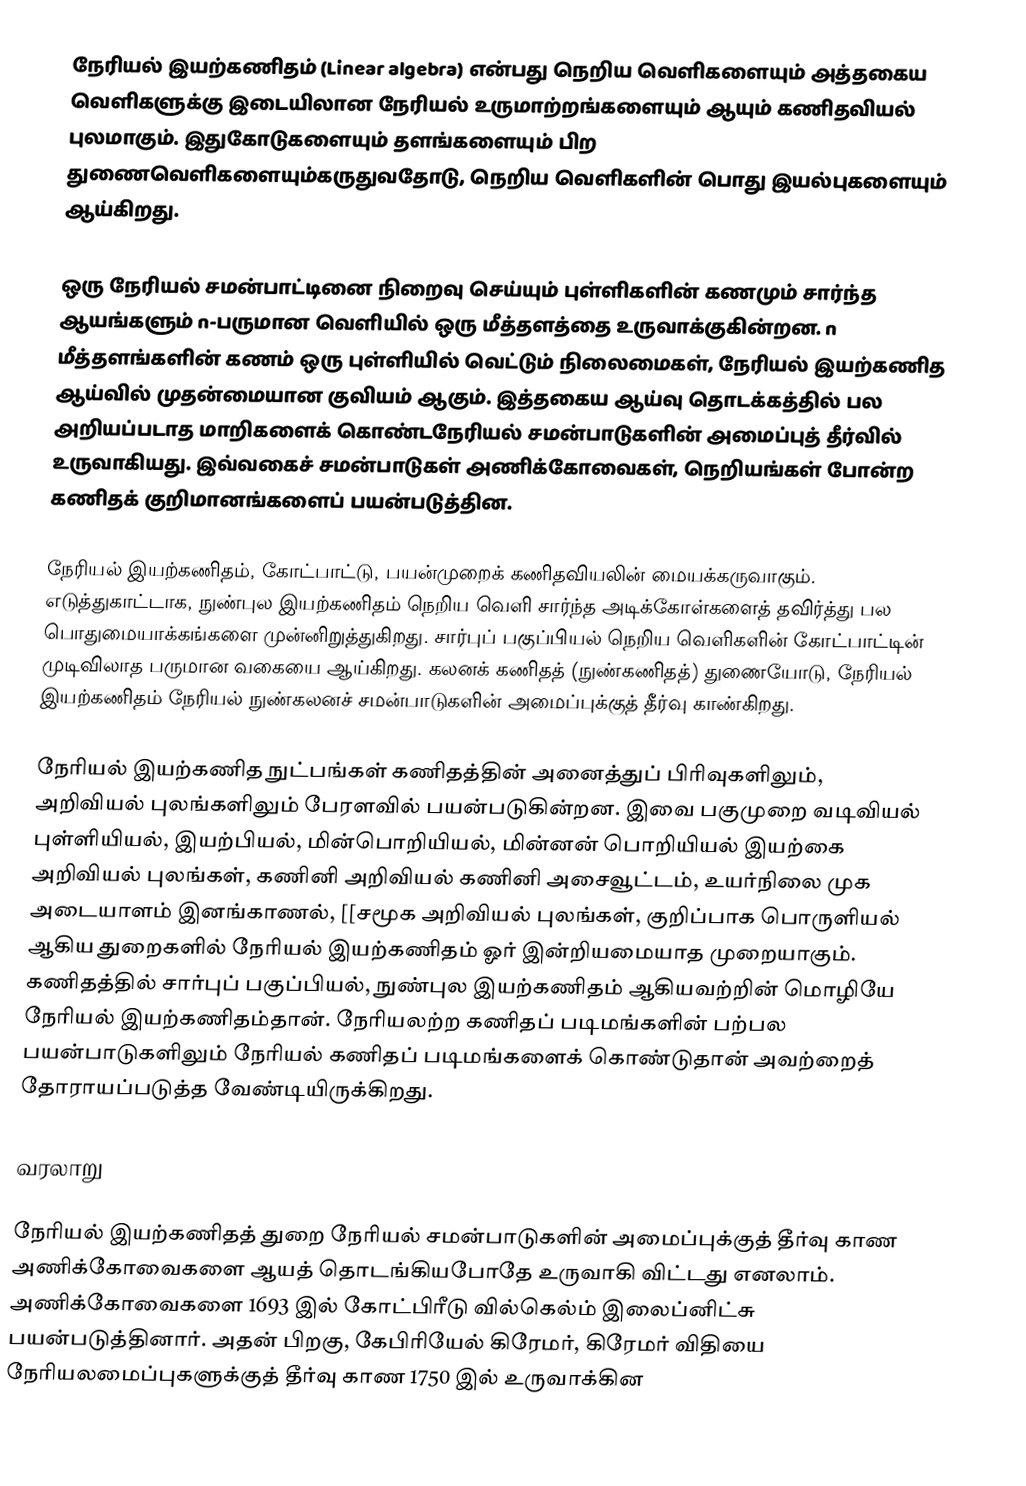
நேரியல் இயற்கணிதம் (Linear algebra)  என்பது நெறிய வெளிகளையும் அத்தகைய வெளிகளுக்கு இடையிலான நேரியல் உருமாற்றங்களையும் ஆயும் கணிதவியல் புலமாகும்.  இதுகோடுகளையும் தளங்களையும் பிற துணைவெளிகளையும்கருதுவதோடு, நெறிய வெளிகளின் பொது இயல்புகளையும் ஆய்கிறது.

ஒரு நேரியல் சமன்பாட்டினை நிறைவு செய்யும் புள்ளிகளின் கணமும் சார்ந்த ஆயங்களும்  n-பருமான வெளியில் ஒரு மீத்தளத்தை உருவாக்குகின்றன.   n மீத்தளங்களின் கணம் ஒரு புள்ளியில் வெட்டும் நிலைமைகள், நேரியல் இயற்கணித ஆய்வில் முதன்மையான குவியம் ஆகும்.  இத்தகைய ஆய்வு தொடக்கத்தில் பல அறியப்படாத மாறிகளைக் கொண்டநேரியல் சமன்பாடுகளின் அமைப்புத் தீர்வில் உருவாகியது. இவ்வகைச் சமன்பாடுகள் அணிக்கோவைகள், நெறியங்கள் போன்ற கணிதக் குறிமானங்களைப் பயன்படுத்தின.

நேரியல் இயற்கணிதம், கோட்பாட்டு, பயன்முறைக் கணிதவியலின் மையக்கருவாகும். எடுத்துகாட்டாக, நுண்புல இயற்கணிதம்  நெறிய வெளி சார்ந்த அடிக்கோள்களைத் தவிர்த்து பல பொதுமையாக்கங்களை முன்னிறுத்துகிறது. சார்புப் பகுப்பியல் நெறிய வெளிகளின் கோட்பாட்டின் முடிவிலாத பருமான வகையை ஆய்கிறது. கலனக் கணிதத் (நுண்கணிதத்) துணையோடு, நேரியல் இயற்கணிதம் நேரியல் நுண்கலனச் சமன்பாடுகளின் அமைப்புக்குத் தீர்வு காண்கிறது.

நேரியல் இயற்கணித நுட்பங்கள் கணிதத்தின் அனைத்துப் பிரிவுகளிலும்,  அறிவியல் புலங்களிலும் பேரளவில் பயன்படுகின்றன. இவை பகுமுறை வடிவியல் புள்ளியியல், இயற்பியல், மின்பொறியியல், மின்னன் பொறியியல் இயற்கை அறிவியல் புலங்கள், கணினி அறிவியல் கணினி அசைவூட்டம், உயர்நிலை முக அடையாளம் இனங்காணல், [[சமூக அறிவியல் புலங்கள், குறிப்பாக பொருளியல் ஆகிய துறைகளில் நேரியல் இயற்கணிதம் ஓர் இன்றியமையாத முறையாகும். கணிதத்தில் சார்புப் பகுப்பியல், நுண்புல இயற்கணிதம் ஆகியவற்றின் மொழியே நேரியல் இயற்கணிதம்தான். நேரியலற்ற கணிதப் படிமங்களின் பற்பல பயன்பாடுகளிலும் நேரியல் கணிதப் படிமங்களைக் கொண்டுதான் அவற்றைத் தோராயப்படுத்த வேண்டியிருக்கிறது.

வரலாறு

நேரியல் இயற்கணிதத் துறை நேரியல் சமன்பாடுகளின் அமைப்புக்குத் தீர்வு காண அணிக்கோவைகளை ஆயத் தொடங்கியபோதே உருவாகி விட்டது எனலாம். அணிக்கோவைகளை 1693 இல் கோட்பிரீடு வில்கெல்ம் இலைப்னிட்சு பயன்படுத்தினார். அதன் பிறகு, கேபிரியேல் கிரேமர்,  கிரேமர் விதியை நேரியலமைப்புகளுக்குத் தீர்வு காண 1750 இல் உருவாக்கின